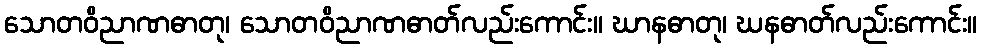
သောတဝိညာဏဓာတု၊ သောတဝိညာဏဓာတ်လည်းကောင်း။ ဃာနဓာတု၊ ဃနဓာတ်လည်းကောင်း။